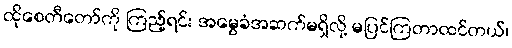
ထိုစေတီတော်ကို ကြည့်ရင်း အမွေခံအဆက်မရှိလို့ မပြင်ကြတာထင်တယ်၊